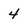
Character: 4